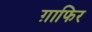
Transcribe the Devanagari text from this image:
ग़ाफिर